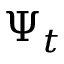
\Psi _ { t }